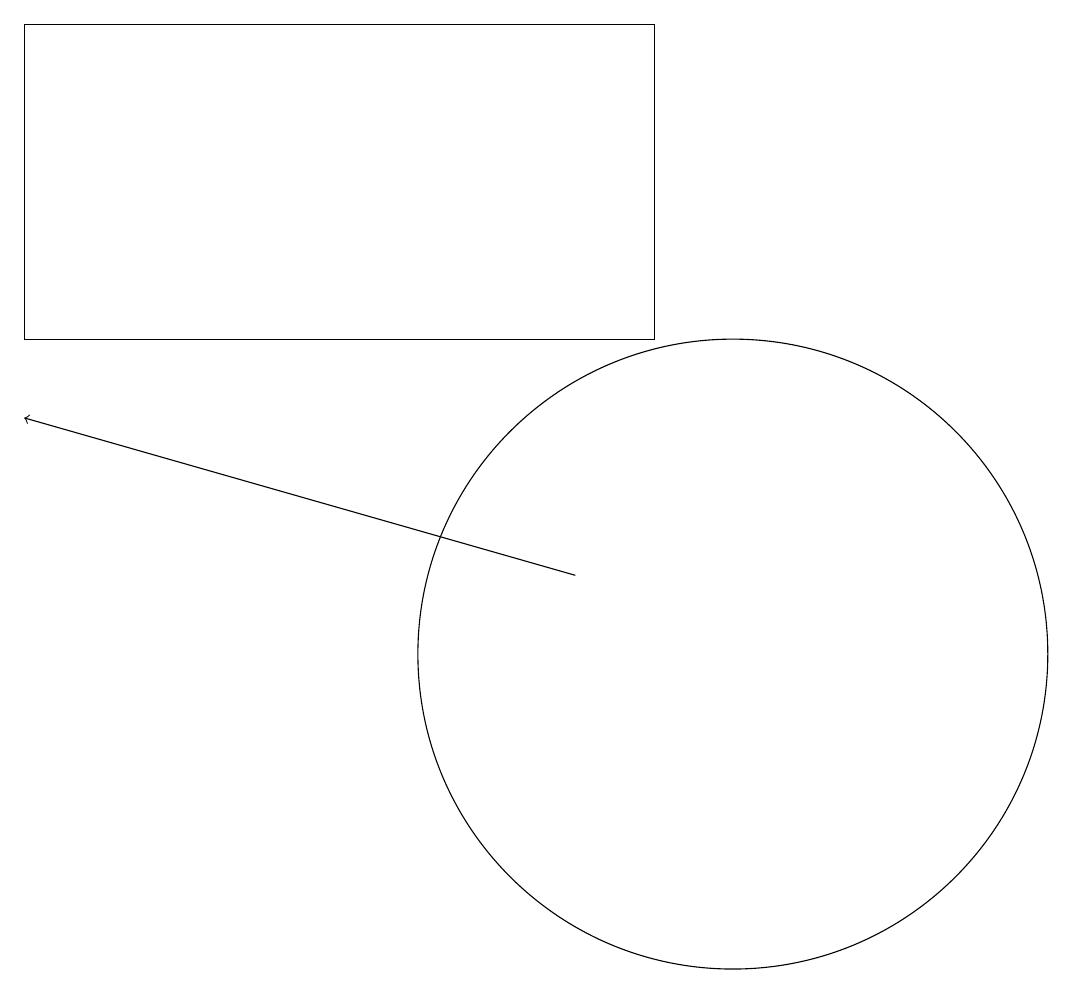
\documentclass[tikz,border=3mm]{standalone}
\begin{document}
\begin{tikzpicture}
\draw[->] (8,11) -- (1,13);
\draw (10,10) circle (4);
\draw (1,18) rectangle (9,14);
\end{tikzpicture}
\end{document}